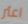
اعثر